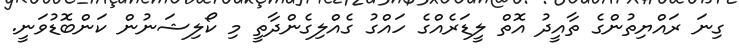
ގިނަ ރައްޔިތުންގެ ތާއީދު އޮތް ލީޑަރެއްގެ ހައްގު ގެއްލިގެންދާތީ މި ކޯލިޝަނުން ކަންބޮޑުވަނީ.